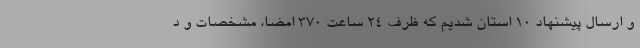
و ارسال پیشنهاد ۱۰ استان شدیم که ظرف ۲۴ ساعت ۳۷۰ امضا، مشخصات و د